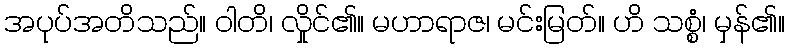
အပုပ်အတိသည်။ ဝါတိ၊ လှိုင်၏။ မဟာရာဇ၊ မင်းမြတ်။ ဟိ သစ္စံ၊ မှန်၏။